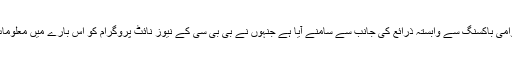
یہ الزام بین الاقوامی باکسنگ سے وابستہ ذرائع کی جانب سے سامنے آیا ہے جنہوں نے بی بی سی کے نیوز نائٹ پروگرام کو اس بارے میں معلومات فراہم کی ہیں۔